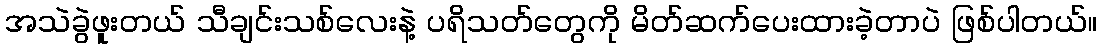
အသဲခွဲဖူးတယ် သီချင်းသစ်လေးနဲ့ ပရိသတ်တွေကို မိတ်ဆက်ပေးထားခဲ့တာပဲ ဖြစ်ပါတယ်။